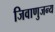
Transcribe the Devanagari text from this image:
जिवाणुजन्य